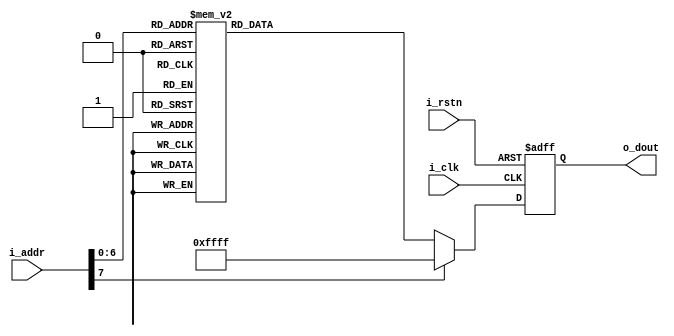
`timescale 1ns / 1ps
`default_nettype none

/*
 *  Synchronous ROM that contains OV7670 reg addr, OV7670 reg data;
 *  End of ROM is marked by o_dout = 16'hFF_FF
 *
 *  NOTE:  
 *  - One clock cycle delay
 *  - Must reset SCCB registers first then include 10 ms delay after
 *    to allow the change to settle
 *  
 */

module cam_rom
    (   input wire        i_clk,
        input wire        i_rstn,
        input wire  [7:0] i_addr,
        output reg [15:0] o_dout
    );
    
    // Registers for OV7670 for configuration of RGB 444 
    always @(posedge i_clk or negedge i_rstn) begin
        if(!i_rstn) o_dout <= 0; 
        else begin 
            case(i_addr)
            0:  o_dout <= 16'h12_80;  // COM7:        Reset SCCB registers
            1:  o_dout <= 16'hFF_F0;  // Delay
            2:  o_dout <= 16'h12_04;  // COM7,        Set RGB color output
            3:  o_dout <= 16'h11_00;  // CLKRC        Internal PLL matches input clock (24 MHz). 
            4:  o_dout <= 16'h0C_00;  // COM3,        *Leave as default.
            5:  o_dout <= 16'h3E_00;  // COM14,       *Leave as default. No scaling, normal pclock
            6:  o_dout <= 16'h04_00;  // COM1,        *Leave as default. Disable CCIR656
            7:  o_dout <= 16'h8C_02;  // RGB444       Enable RGB444 mode with xR GB.
            8:  o_dout <= 16'h40_D0;  // COM15,       Output full range for RGB 444. 
            9:  o_dout <= 16'h3a_04;  // TSLB         set correct output data sequence (magic)
            10: o_dout <= 16'h14_18;  // COM9         MAX AGC value x4
            11: o_dout <= 16'h4F_B3;  // MTX1         all of these are magical matrix coefficients
            12: o_dout <= 16'h50_B3;  // MTX2
            13: o_dout <= 16'h51_00;  // MTX3
            14: o_dout <= 16'h52_3d;  // MTX4
            15: o_dout <= 16'h53_A7;  // MTX5
            16: o_dout <= 16'h54_E4;  // MTX6
            17: o_dout <= 16'h58_9E;  // MTXS
            18: o_dout <= 16'h3D_C0;  // COM13        sets gamma enable, does not preserve reserved bits, may be wrong?
            19: o_dout <= 16'h17_14;  // HSTART       start high 8 bits
            20: o_dout <= 16'h18_02;  // HSTOP        stop high 8 bits //these kill the odd colored line
            21: o_dout <= 16'h32_80;  // HREF         edge offset
            22: o_dout <= 16'h19_03;  // VSTART       start high 8 bits
            23: o_dout <= 16'h1A_7B;  // VSTOP        stop high 8 bits
            24: o_dout <= 16'h03_0A;  // VREF         vsync edge offset
            25: o_dout <= 16'h0F_41;  // COM6         reset timings
            26: o_dout <= 16'h1E_00;  // MVFP         disable mirror / flip //might have magic value of 03
            27: o_dout <= 16'h33_0B;  // CHLF         magic value from the internet
            28: o_dout <= 16'h3C_78;  // COM12        no HREF when VSYNC low
            29: o_dout <= 16'h69_00;  // GFIX         fix gain control
            30: o_dout <= 16'h74_00;  // REG74        Digital gain control
            31: o_dout <= 16'hB0_84;  // RSVD         magic value from the internet *required* for good color
            32: o_dout <= 16'hB1_0c;  // ABLC1
            33: o_dout <= 16'hB2_0e;  // RSVD         more magic internet values
            34: o_dout <= 16'hB3_80;  // THL_ST
            //begin mystery scaling numbers
            35: o_dout <= 16'h70_3a;  // SCALING_XSC          *Leave as default. No test pattern output. 
            36: o_dout <= 16'h71_35;  // SCALING_YSC          *Leave as default. No test pattern output.
            37: o_dout <= 16'h72_11;  // SCALING DCWCTR       *Leave as default. Vertical down sample by 2. Horizontal down sample by 2.
            38: o_dout <= 16'h73_f0;  // SCALING PCLK_DIV 
            39: o_dout <= 16'ha2_02;  // SCALING PCLK DELAY   *Leave as deafult. 
            //gamma curve values
            40: o_dout <= 16'h7a_20;  // SLOP
            41: o_dout <= 16'h7b_10;  // GAM1
            42: o_dout <= 16'h7c_1e;  // GAM2
            43: o_dout <= 16'h7d_35;  // GAM3
            44: o_dout <= 16'h7e_5a;  // GAM4
            45: o_dout <= 16'h7f_69;  // GAM5
            46: o_dout <= 16'h80_76;  // GAM6
            47: o_dout <= 16'h81_80;  // GAM7
            48: o_dout <= 16'h82_88;  // GAM8
            49: o_dout <= 16'h83_8f;  // GAM9
            50: o_dout <= 16'h84_96;  // GAM10
            51: o_dout <= 16'h85_a3;  // GAM11
            52: o_dout <= 16'h86_af;  // GAM12
            53: o_dout <= 16'h87_c4;  // GAM13
            54: o_dout <= 16'h88_d7;  // GAM14
            55: o_dout <= 16'h89_e8;  // GAM15
            //AGC and AEC
            56: o_dout <= 16'h13_e0;  // COM8     disable AGC / AEC
            57: o_dout <= 16'h00_00;  // set gain reg to 0 for AGC
            58: o_dout <= 16'h10_00;  // set ARCJ reg to 0
            59: o_dout <= 16'h0d_40;  // magic reserved bit for COM4
            60: o_dout <= 16'h14_18;  // COM9, 4x gain + magic bit
            61: o_dout <= 16'ha5_05;  // BD50MAX
            62: o_dout <= 16'hab_07;  // DB60MAX
            63: o_dout <= 16'h24_95;  // AGC upper limit
            64: o_dout <= 16'h25_33;  // AGC lower limit
            65: o_dout <= 16'h26_e3;  // AGC/AEC fast mode op region
            66: o_dout <= 16'h9f_78;  // HAECC1
            67: o_dout <= 16'ha0_68;  // HAECC2
            68: o_dout <= 16'ha1_03;  // magic
            69: o_dout <= 16'ha6_d8;  // HAECC3
            70: o_dout <= 16'ha7_d8;  // HAECC4
            71: o_dout <= 16'ha8_f0;  // HAECC5
            72: o_dout <= 16'ha9_90;  // HAECC6
            73: o_dout <= 16'haa_94;  // HAECC7
            74: o_dout <= 16'h13_a7;  // COM8, enable AGC / AEC
            75: o_dout <= 16'h69_06;     
            default: o_dout <= 16'hFF_FF;         //mark end of ROM
            endcase
        end
    end
endmodule